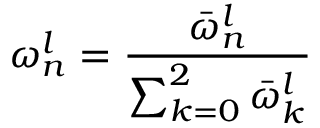
\omega _ { n } ^ { l } = \frac { \bar { \omega } _ { n } ^ { l } } { \sum _ { k = 0 } ^ { 2 } \bar { \omega } _ { k } ^ { l } }